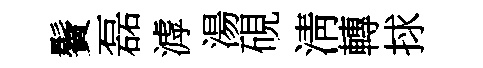
鬢磊滹湯硯淸轉捄